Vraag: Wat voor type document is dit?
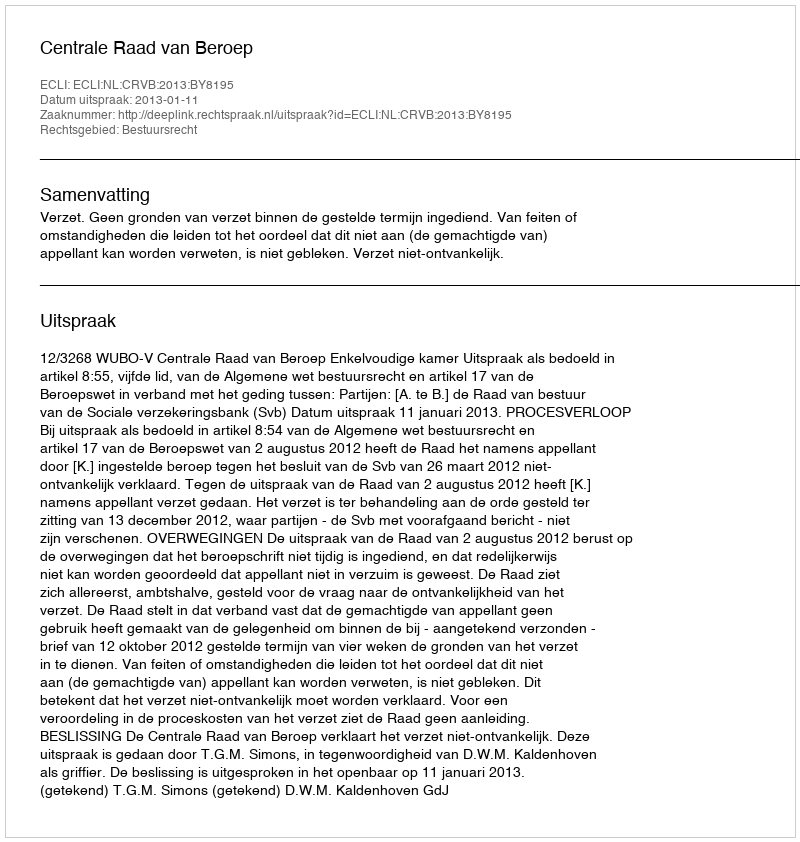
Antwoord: Uitspraak